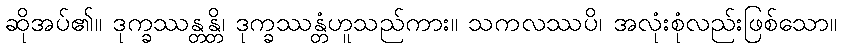
ဆိုအပ်၏။ ဒုက္ခဿန္တန္တိ၊ ဒုက္ခဿန္တံဟူသည်ကား။ သကလဿပိ၊ အလုံးစုံလည်းဖြစ်သော။